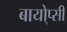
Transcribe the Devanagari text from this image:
बायो्प्सी